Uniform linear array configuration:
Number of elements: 48
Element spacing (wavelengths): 0.5
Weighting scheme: hann
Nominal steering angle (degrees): -30
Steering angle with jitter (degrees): -29.927
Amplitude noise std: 0.05
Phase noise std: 0.05

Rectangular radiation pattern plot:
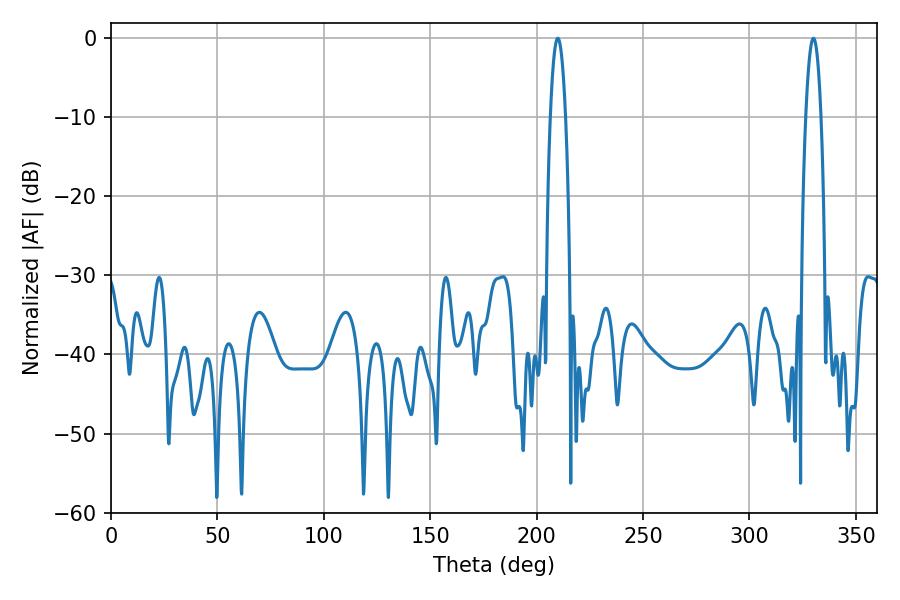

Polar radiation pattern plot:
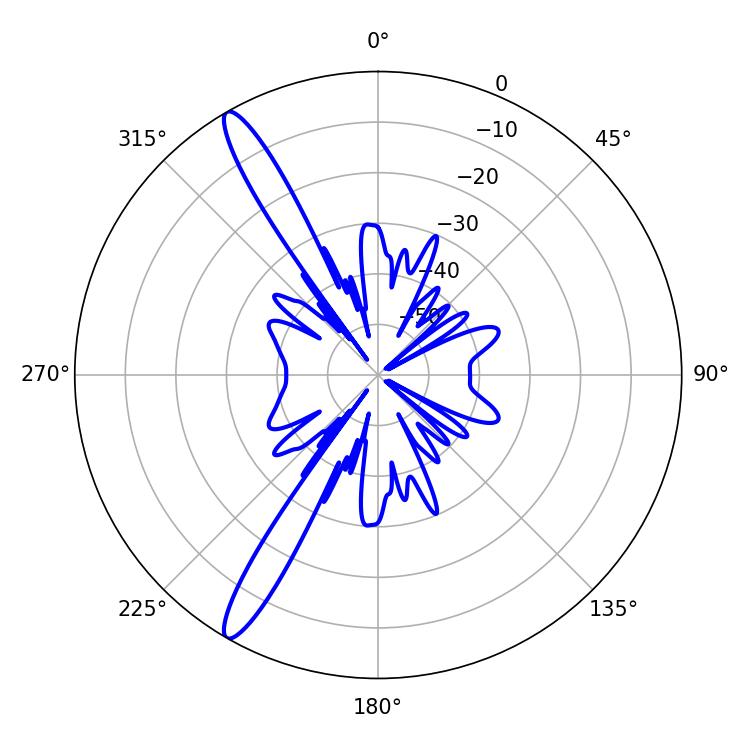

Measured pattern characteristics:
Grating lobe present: FALSE
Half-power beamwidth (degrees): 3.96
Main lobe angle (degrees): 209.88